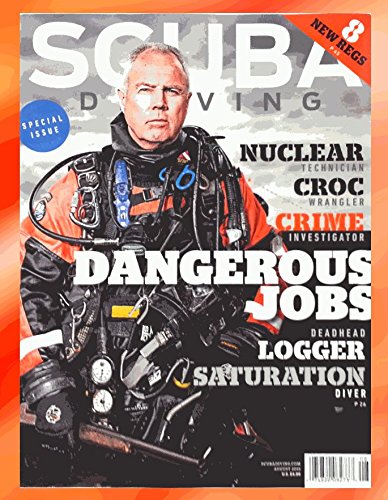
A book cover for Scuba Diving Magazine August 2015 - Dangerous Jobs; Sports & Outdoors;